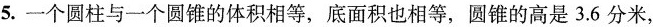
5.一个圆柱与一个圆锥的体积相等，底面积也相等，圆锥的高是3.6分米，